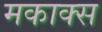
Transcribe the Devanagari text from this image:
मकाक्स